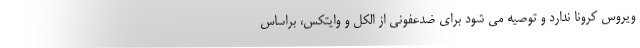
ویروس کرونا ندارد و توصیه می شود برای ضدعفونی از الکل و وایتکس، براساس